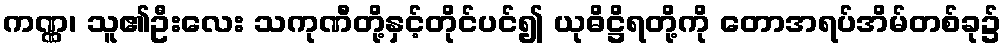
ကဏ္ဏ၊ သူ၏ဦးလေး သကုဏီတို့နှင့်တိုင်ပင်၍ ယုဓိဋ္ဌိရတို့ကို တောအရပ်အိမ်တစ်ခု၌